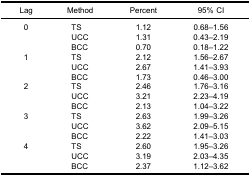
| Lag | Method | Percent | 95% CI |
 | --- | --- | --- | --- |
 | 0 | TS | 1.12 | 0.68–1.56 |
 |  | UCC | 1.31 | 0.43–2.19 |
 |  | BCC | 0.70 | 0.18–1.22 |
 | 1 | TS | 2.12 | 1.56–2.67 |
 |  | UCC | 2.67 | 1.41–3.93 |
 |  | BCC | 1.73 | 0.46–3.00 |
 | 2 | TS | 2.46 | 1.76–3.16 |
 |  | UCC | 3.21 | 2.23–4.19 |
 |  | BCC | 2.13 | 1.04–3.22 |
 | 3 | TS | 2.63 | 1.99–3.26 |
 |  | UCC | 3.62 | 2.09–5.15 |
 |  | BCC | 2.22 | 1.41–3.03 |
 | 4 | TS | 2.60 | 1.95–3.26 |
 |  | UCC | 3.19 | 2.03–4.35 |
 |  | BCC | 2.37 | 1.12–3.62 |